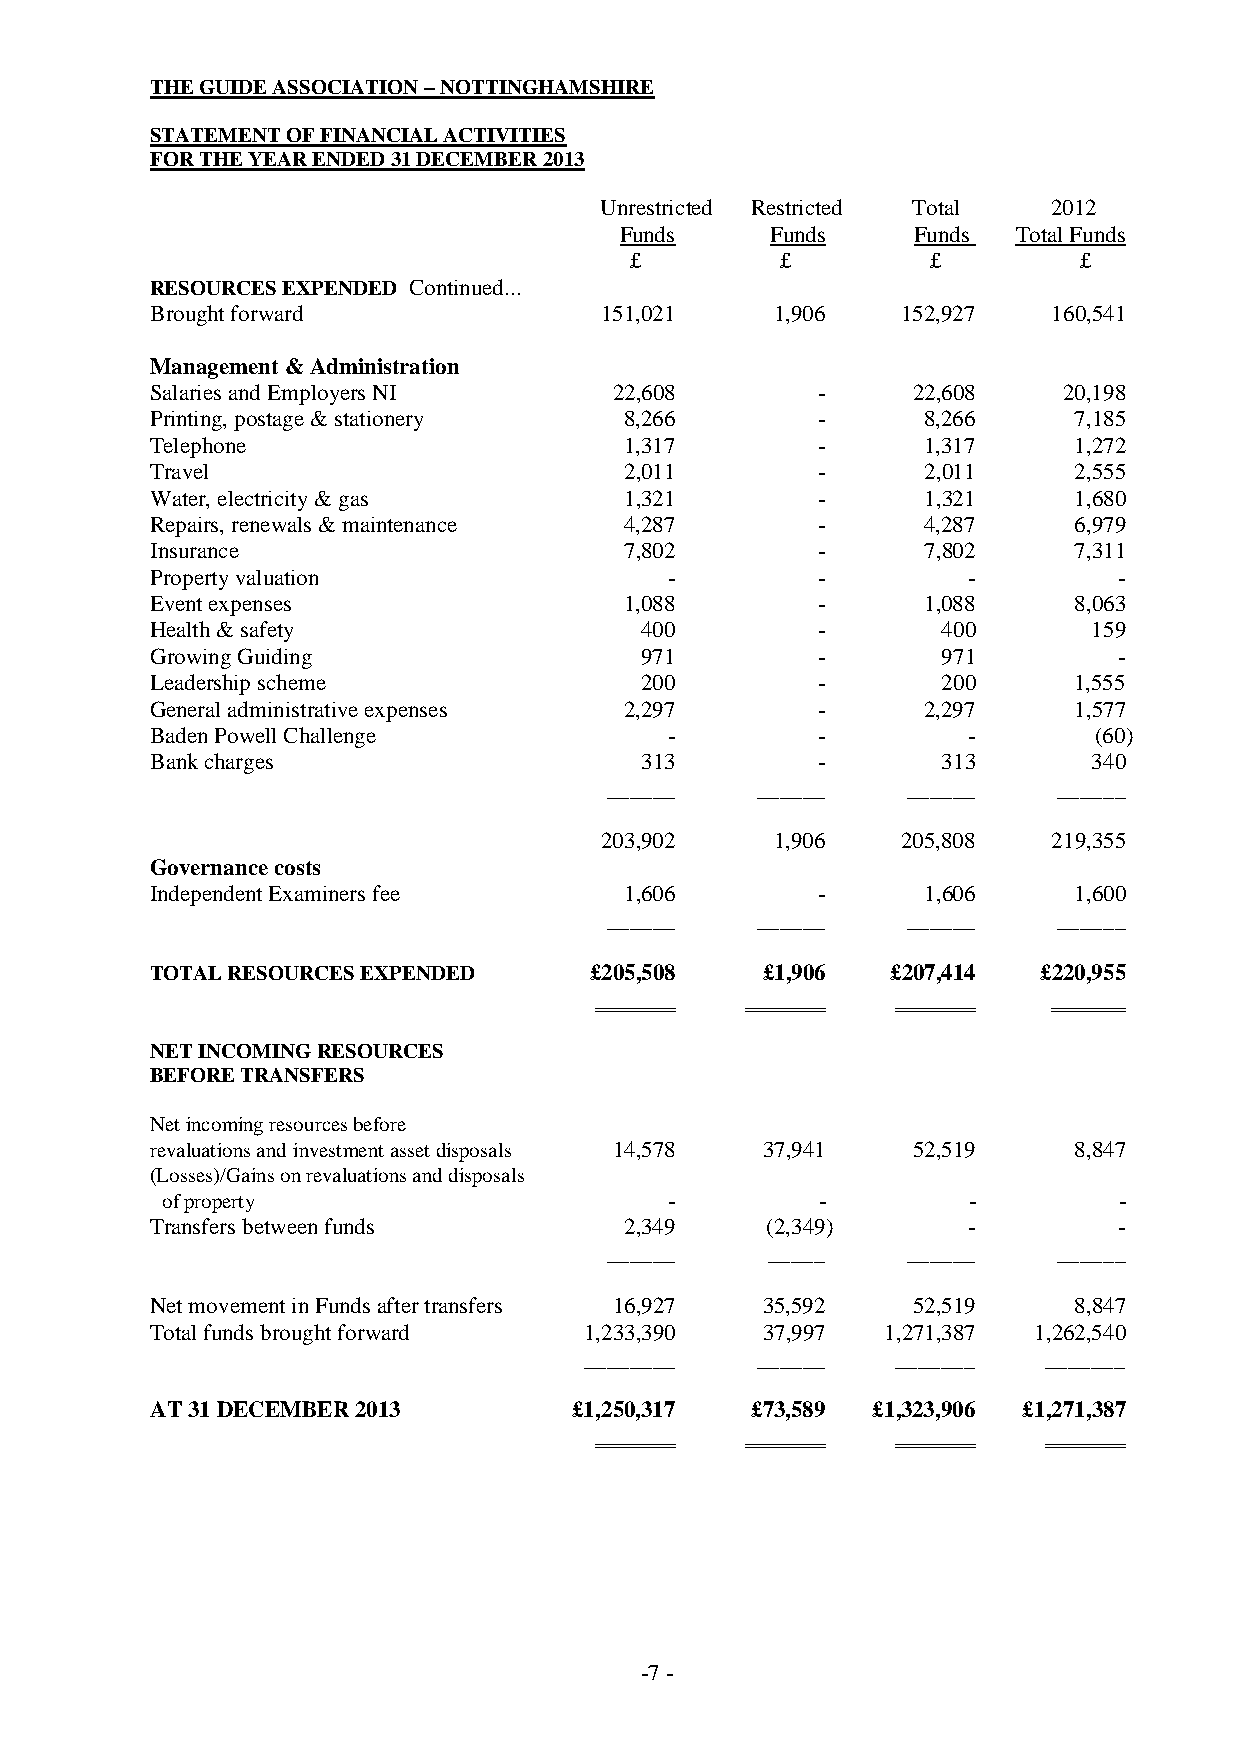
THE GUIDE ASSOCIATION – NOTTINGHAMSHIRE
 STATEMENT OF FINANCIAL ACTIVITIES
 FOR THE YEAR ENDED 31 DECEMBER 2013
 Unrestricted Restricted Total 2012
 Funds     Funds    Funds  Total Funds
 £         £         £        £
 RESOURCES EXPENDED Continued...
 Brought forward               151,021    1,906    152,927   160,541
 Management & Administration
 Salaries and Employers NI      22,608       -     22,608    20,198
 Printing, postage & stationery 8,266        -      8,266     7,185
 Telephone                      1,317        -      1,317     1,272
 Travel                         2,011        -      2,011     2,555
 Water, electricity & gas       1,321        -      1,321     1,680
 Repairs, renewals & maintenance 4,287       -      4,287     6,979
 Insurance                      7,802        -      7,802     7,311
 Property valuation                -         -         -         -
 Event expenses                 1,088        -      1,088     8,063
 Health & safety                 400         -       400       159
 Growing Guiding                 971         -       971         -
 Leadership scheme               200         -       200      1,555
 General administrative expenses 2,297       -      2,297     1,577
 Baden Powell Challenge            -         -         -       (60)
 Bank charges                    313         -       313       340
 ______    ______    ______    ______
 203,902    1,906    205,808   219,355
 Governance costs
 Independent Examiners fee      1,606        -      1,606     1,600
 ______    ______    ______    ______
 TOTAL RESOURCES EXPENDED     £205,508   £1,906   £207,414  £220,955
 NET INCOMING RESOURCES
 BEFORE TRANSFERS
 Net incoming resources before
 revaluations and investment asset disposals 14,578 37,941 52,519 8,847
 (Losses)/Gains on revaluations and disposals
 of property                      -         -         -         -
 Transfers between funds        2,349     (2,349)      -         -
 ______     _____    ______    ______
 Net movement in Funds after transfers 16,927 35,592 52,519   8,847
 Total funds brought forward  1,233,390  37,997   1,271,387 1,262,540
 ________   ______   _______   _______
 AT 31 DECEMBER 2013         £1,250,317  £73,589 £1,323,906 £1,271,387
 -7 -